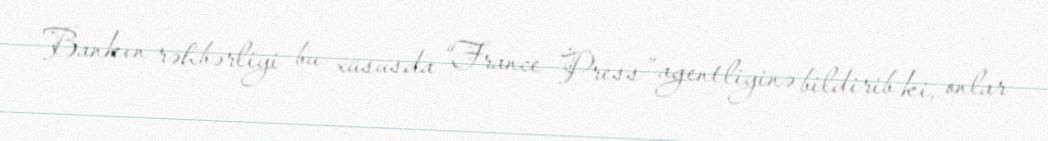
Bankın rəhbərliyi bu xüsusda “France Press” agentliyinə bildirib ki, onlar